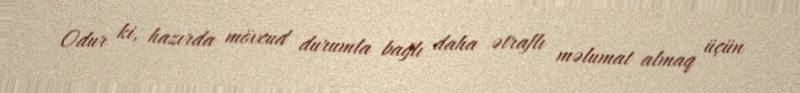
Odur ki, hazırda mövcud durumla bağlı daha ətraflı məlumat almaq üçün